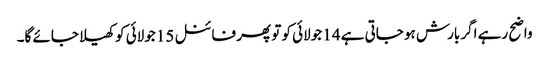
واضح رہے اگر بارش ہو جاتی ہے 14 جولائی کو تو پھر فائنل 15 جولائی کو کھیلا جائے گا۔